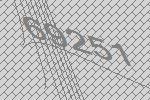
69251